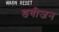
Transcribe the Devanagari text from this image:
डवीजन